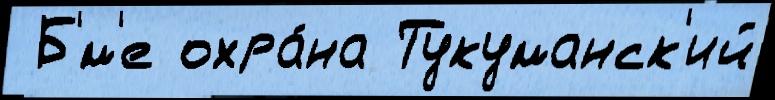
 Б'́м'е охра́на Тукуманск'ий